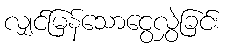
လျှင်မြန်သောငွေလွှဲခြင်း